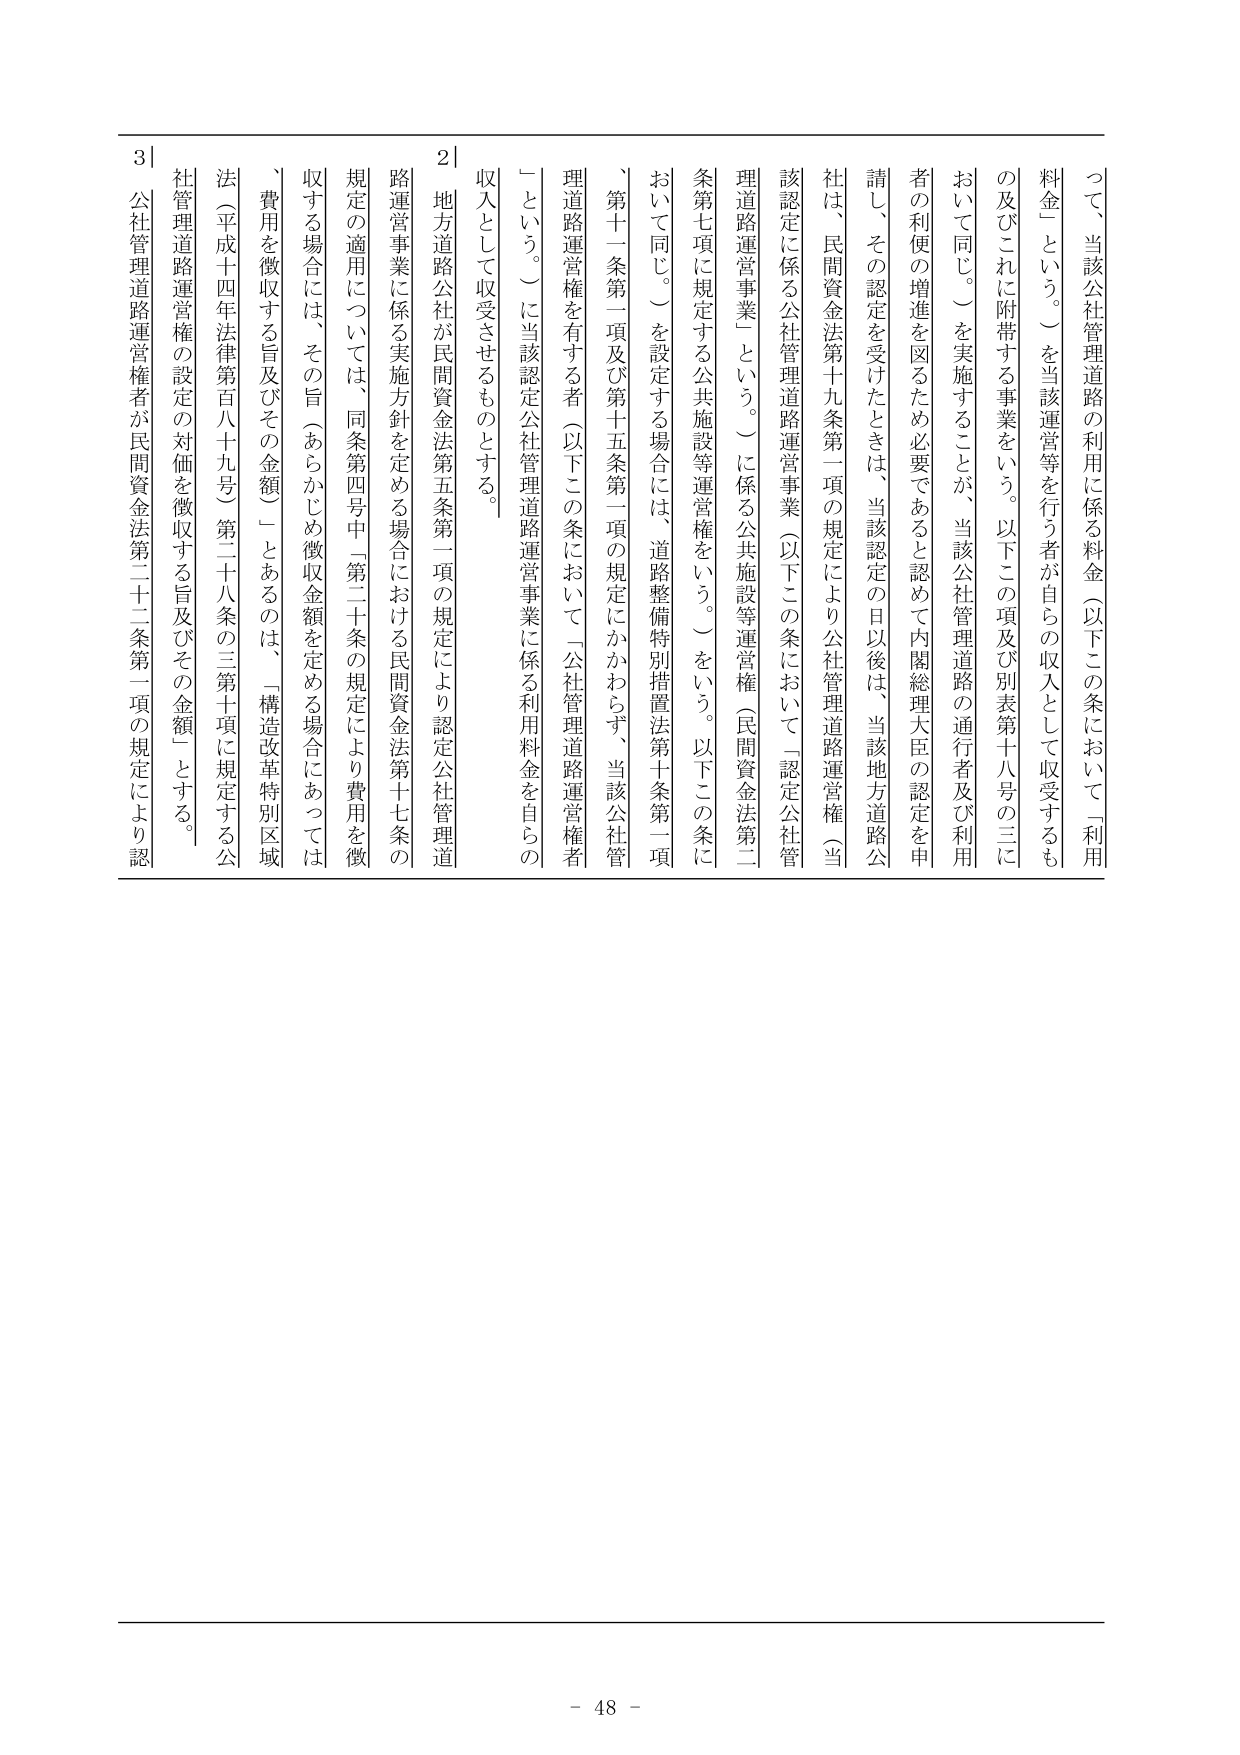
つて、当該公社管理道路の利用に係る料金（以下この条において「利用料金」という。）を当該運営等を行う者が自らの収入として収受するもの及びこれに附帯する事業をいう。以下この項及び別表第十八号の三において同じ。）を実施することが、当該公社管理道路の通行者及び利用者の利便の増進を図るため必要であると認めて内閣総理大臣の認定を申請し、その認定を受けたときは、当該認定の日以後は、当該地方道路公社は、民間資金法第十九条第一項の規定により公社管理道路運営権（当該認定に係る公社管理道路運営事業（以下この条において「認定公社管理道路運営事業」という。）に係る公共施設等運営権（民間資金法第二条第七項に規定する公共施設等運営権をいう。）をいう。以下この条において同じ。）を設定する場合には、道路整備特別措置法第十条第一項、第十一条第一項及び第十五条第一項の規定にかかわらず、当該公社管理道路運営権を有する者（以下この条において「公社管理道路運営権者」という。）に当該認定公社管理道路運営事業に係る利用料金を自らの収入として収受させるものとする。

２ 地方道路公社が民間資金法第五条第一項の規定により認定公社管理道路運営事業に係る実施方針を定める場合における民間資金法第十七条の規定の適用については、同条第四号中「第二十条の規定により費用を徴収する場合には、その旨（あらかじめ徴収金額を定める場合にあっては、費用を徴収する旨及びその金額）」とあるのは、「構造改革特別区域法（平成十四年法律第百八十九号）第二十八条の三第十項に規定する公社管理道路運営権の設定の対価を徴収する旨及びその金額」とする。

３ 公社管理道路運営権者が民間資金法第二十二条第一項の規定により認

- 48 -